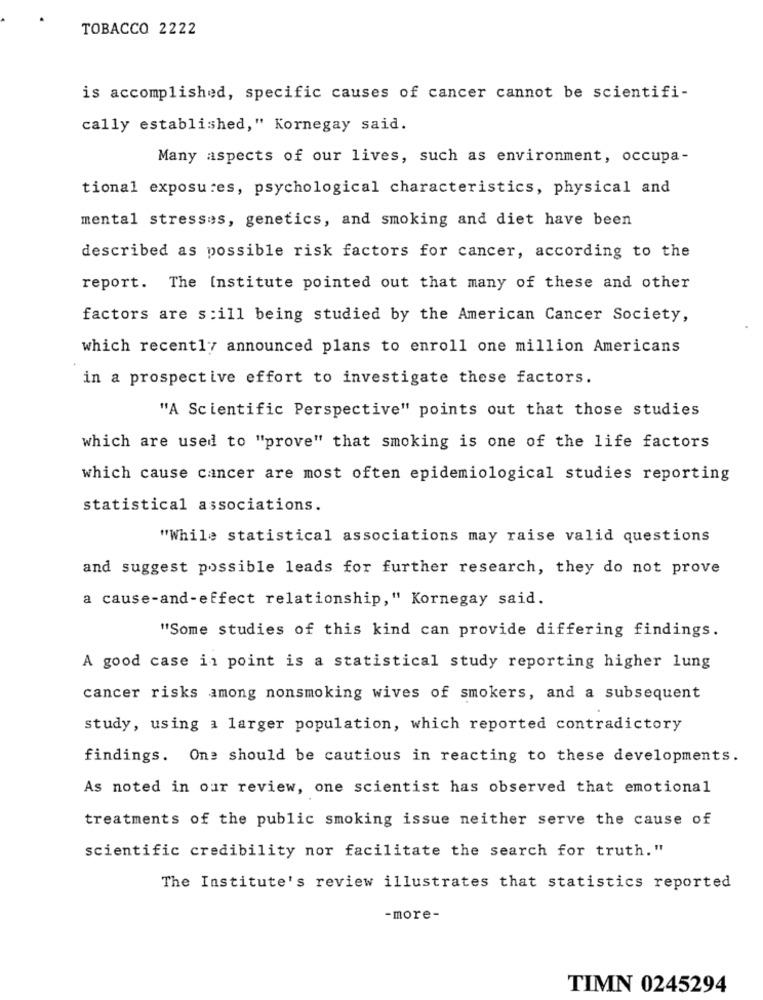
TOBACCO 2222
is accomplished, specific causes of cancer cannot be scientifi-
cally established," Kornegay said.
Many aspects of our lives, such as environment, occupa-
tional exposures, psychological characteristics, physical and
mental stresses, genetics, and smoking and diet have been
described as possible risk factors for cancer, according to the
report. The Institute pointed out that many of these and other
factors are s:ill being studied by the American Cancer Society,
which recently announced plans to enroll one million Americans
in a prospective effort to investigate these factors.
"A Scientific Perspective" points out that those studies
which are used to "prove" that smoking is one of the life factors
which cause cancer are most often epidemiological studies reporting
statistical associations.
"While statistical associations may raise valid questions
and suggest possible leads for further research, they do not prove
a cause-and-effect relationship," Kornegay said.
"Some studies of this kind can provide differing findings.
A good case in point is a statistical study reporting higher lung
cancer risks among nonsmoking wives of smokers, and a subsequent
study, using a larger population, which reported contradictory
findings. One should be cautious in reacting to these developments.
As noted in our review, one scientist has observed that emotional
treatments of the public smoking issue neither serve the cause of
scientific credibility nor facilitate the search for truth."
The Institute's review illustrates that statistics reported
-more-
TIMN 0245294